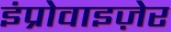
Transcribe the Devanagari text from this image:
इंप्रोवाइज़ेर